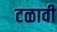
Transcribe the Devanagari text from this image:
टळावी